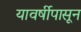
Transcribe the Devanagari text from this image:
यावर्षीपासून